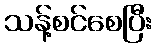
သန့်စင်စေပြီး